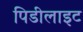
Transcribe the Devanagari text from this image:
पिडीलाइट